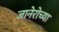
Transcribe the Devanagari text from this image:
जानेरोच्या